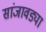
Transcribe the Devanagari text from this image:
सांजावड्या